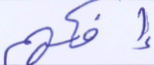
إفكهم